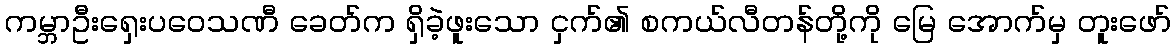
ကမ္ဘာဦးရှေးပဝေသဏီ ခေတ်က ရှိခဲ့ဖူးသော ငှက်၏ စကယ်လီတန်တို့ကို မြေ အောက်မှ တူးဖော်